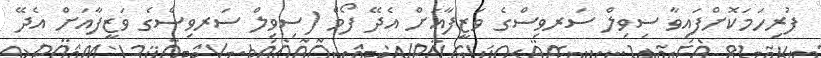
ފުރިހަމަކޮށްފައިވާ ސިވިލް ސަރވިސްގެ ވަޒީފާއަށް އެދޭ ފޯމް (ސިވިލް ސަރވިސްގެ ވަޒީފާއަށް އެދޭ